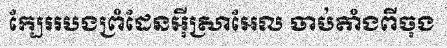
ក្បែររបងព្រំដែនអ៊ីស្រាអែល ចាប់តាំងពីចុង